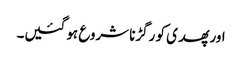
اور پھدی کو رگڑنا شروع ہو گئیں۔